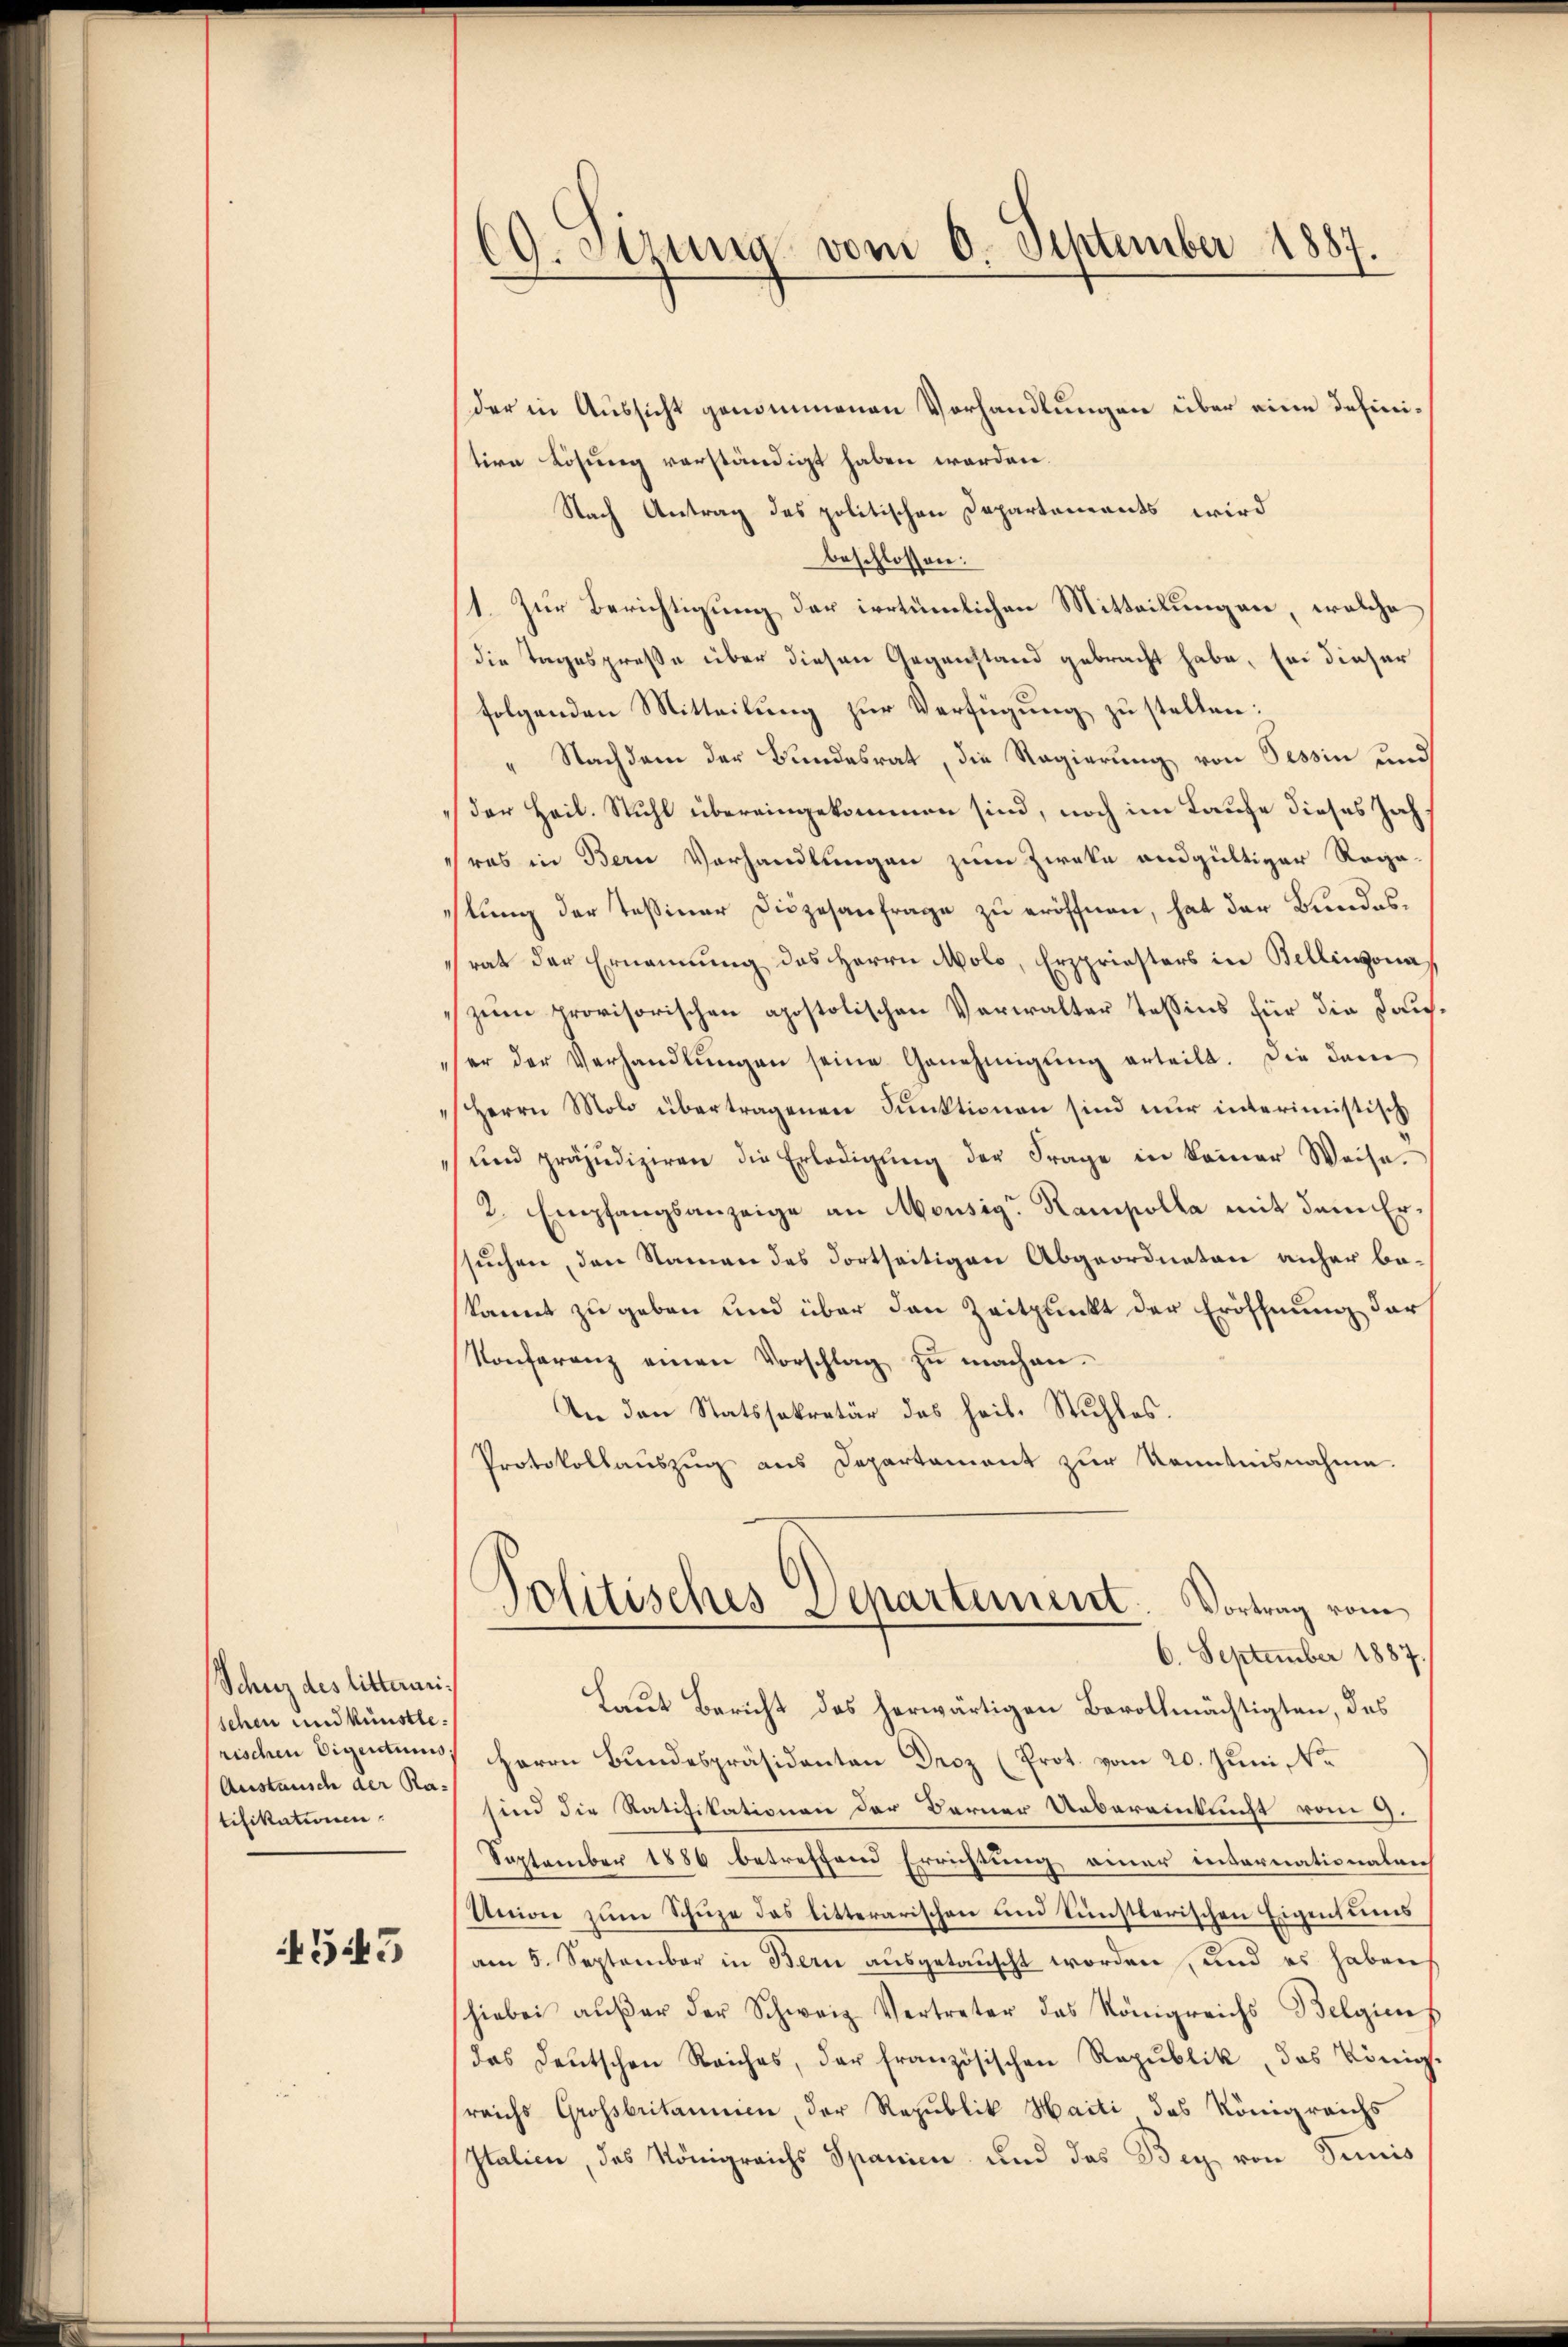
Schutz des litterarisehen und künstle
rischen Eigentums.
Austausch der Ratifikationen

543

CG. Stzung vom 6. September 1887.

der in Aussicht genommenen Vorhandlungen über eine definition Lösung verständigt haben werden.
Nach Antrag des politischen Departements wird
beschlossen:
1. Zur Berichtigung der irrtümlichen Mitteilungen, welche
die Tagespreße über diesen Gegenstand gebracht habe, sei dieser
folgenden Mitteilung zur Verfügung zu stellen:
Nachdem der Bundesrat, die Regierung von Tessin und
der Heil. Stuhl übereingekommen sind, noch im Laufe dieses Jahras in Bern Vorhandlungen zum Zweke andgültiger Rega-
lung der Tessiner Diözesanfrage zu eröffnen, hat der Bundesrat der Ernennung des Herrn Molo, Erspriesters in Bellinzonazum provisorischen apostolischen Verwalter Tessins für die Dauser der Verhandlŭngen seine Genehmigŭng erteilt. Die dam
Herrn Molo übertragenen Funktionen sind nur interimistisch
ŭnd präjudiziren die Erledigŭng der Frage in keiner Weise.
2. Empfangsanzeige an Monsig. Rampolla mit dem Ersuchen, den Namen des dortseitigen Abgeordneten anher bekannt zu geben und über den Zeitpunkt der Eröffnung der
Konferenz einen Vorschlag zŭ machen.
An den Statssekretär des heil. Stuhles.
Protokollauszug aus Departament zur Kenntnisnahme.
Politisches Departement. Vortrag vom
6. September 1887.
Laut Bericht des herwärtigen Bevollmächtigten, das
Herrn Bundespräsidenten Droz (Prot. vom 20. Juni No
sind die Ratifikationen der Berner Uebereinkunft vom 9.
September 1886 betreffend Errichtung einer internationalen
Union zum Schuze das litterarischen und künstlerischen Eigentums
am 5. September in Bern ausgetauscht worden, und es haben
hiebei aŭβer der Schweiz Vertreter das Königreichs Belgiens
das Deutschen Reiches, der französischen Republik, das König.
reichs Grossbritannien, der Republik Haiti das Königreichs
Italien, das Königreichs Spanien und das Bey von Suis